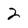
Character: 2